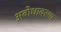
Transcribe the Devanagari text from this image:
अबोधावस्था